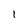
Character: 1